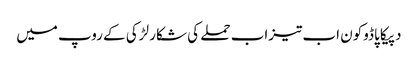
دپیکا پاڈوکون اب تیزاب حملے کی شکار لڑکی کے روپ میں